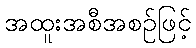
အထူးအစီအစဉ်ဖြင့်